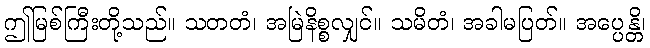
ဤမြစ်ကြီးတို့သည်။ သတတံ၊ အမြဲနိစ္စလျှင်။ သမိတံ၊ အခါမပြတ်။ အပ္ပေန္တိ၊